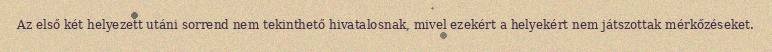
Az első két helyezett utáni sorrend nem tekinthető hivatalosnak, mivel ezekért a helyekért nem játszottak mérkőzéseket.